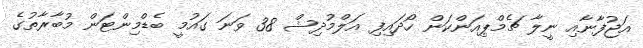
އަޖުފާނާއި ނީލާ ޗެމްޕިއަންކަން ހޯދައިފި އަލްމުދިޝް 38 ވަނަ ގައުމީ ބެޑްމިންޓަން މުބާރާތުގެ